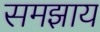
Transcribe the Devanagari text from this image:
समझाय